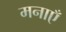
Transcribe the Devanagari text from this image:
मनाएँ